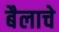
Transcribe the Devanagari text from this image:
बैलाचे